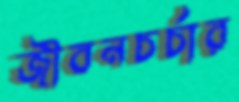
জীবনচর্চার